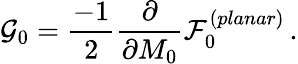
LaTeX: {\cal G}_{0}=\frac{-1}{2}\frac{\partial}{\partial M_{0}}{\cal F}_{0}^{(planar)}\, .